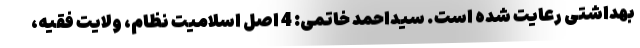
بهداشتی رعایت شده است. سیداحمد خاتمی: 4 اصل اسلامیت نظام، ولایت فقیه،